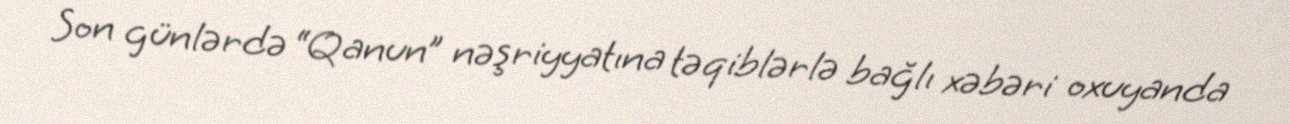
Son günlərdə “Qanun” nəşriyyatına təqiblərlə bağlı xəbəri oxuyanda